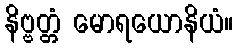
နိဗ္ဗတ္တံ မောရယောနိယံ။